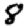
Digit: 8